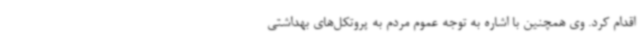
اقدام کرد. وی همچنین با اشاره به توجه عموم مردم به پروتکل‌های بهداشتی